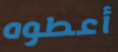
أعطوه